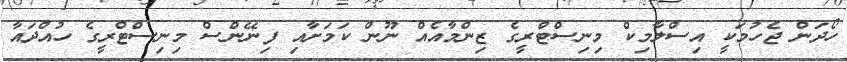
ހޯދަން ޖެހުމަކީ އިސްލާމިކް މިނިސްޓްރީގެ ޒިންމާއެއް ނޫން ކަމަށާއި ފިނޭންސް މިނިސްޓްރީގެ ހުއްދައާ